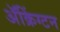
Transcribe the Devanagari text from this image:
ॲक्रिंग्टन